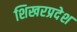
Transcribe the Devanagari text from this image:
शिखरप्रदेश